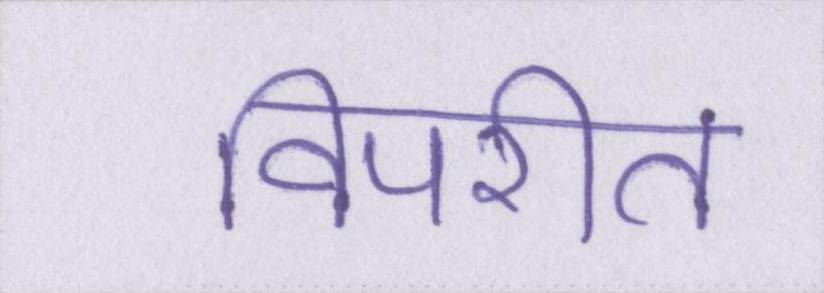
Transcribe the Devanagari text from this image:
विपरीत